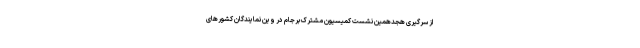
از سرگیری هجدهمین نشست کمیسیون مشترک برجام در وین نمایندگان کشور‌های